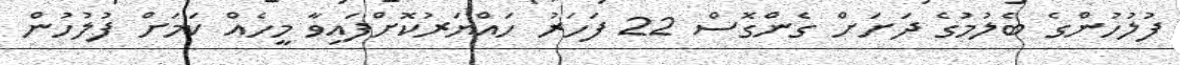
ފުލުހުންގެ ބެލުމުގެ ދަށަށް ގެންގޮސް 22 ފަހަރު ހައްޔަރުކޮށްފައިވާ މީހެއް ކަމަށް ފުލުހުން